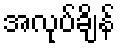
အလုပ်ချိန်